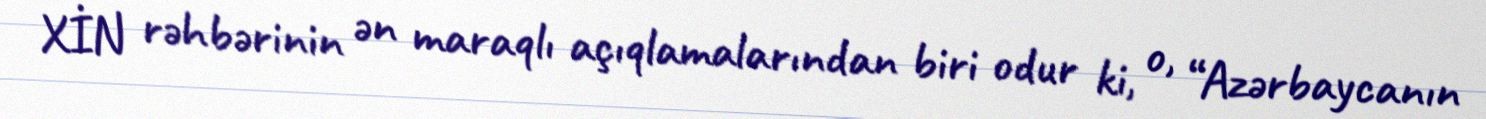
XİN rəhbərinin ən maraqlı açıqlamalarından biri odur ki, o, “Azərbaycanın